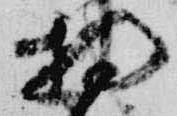
持